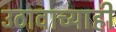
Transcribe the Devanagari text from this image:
उठावाच्याही